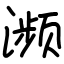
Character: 濒